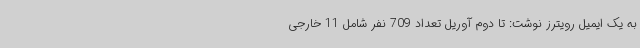
به یک ایمیل رویترز نوشت: تا دوم آوریل تعداد 709 نفر شامل 11 خارجی